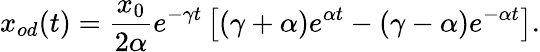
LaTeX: x_{od}(t)=\frac{x_{0}}{2\alpha}e^{-\gamma t}\left[(\gamma+\alpha)e^{\alpha t}-(\gamma-\alpha)e^{-\alpha t}\right].